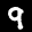
Label: 9